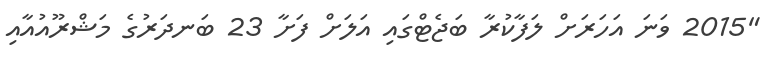
"2015 ވަނަ އަހަރަށް ލަފާކުރާ ބަޖެޓްގައި އަލަށް ފަށާ 23 ބަނދަރުގެ މަޝްރޫއުއާއި